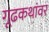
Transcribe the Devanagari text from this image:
गूढकथांवर